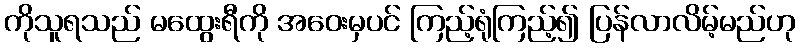
ကိုသူရသည် မထွေးရီကို အဝေးမှပင် ကြည့်ရုံကြည့်၍ ပြန်လာလိမ့်မည်ဟု